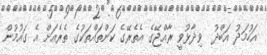
އަހުމަދު އަބްދު  ވިދާޅުވީ ރާއްޖޭގެ އެތެރޭގެ ކަންތައްތަކުގެ ތެރެއަށް އެ ގައުމުން